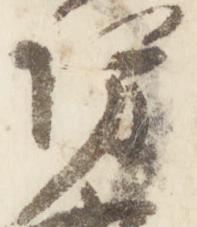
坊